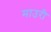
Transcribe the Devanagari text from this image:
माउरी